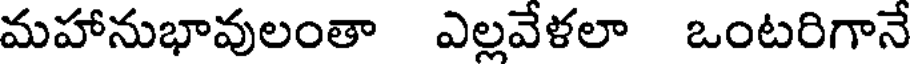
మహానుభావులంతా ఎల్లవేళలా ఒంటరిగానే